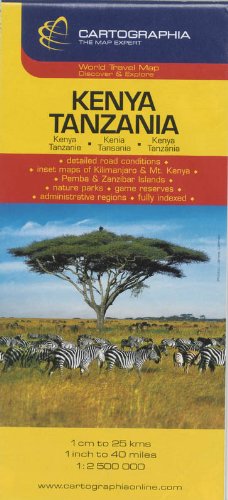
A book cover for Kenya, Tanzania (Country Map) (Hungarian Edition); Cartographia; Travel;